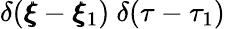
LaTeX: \delta(\pmb{\xi}-\pmb{\xi}_{1})~\delta(\tau-\tau_{1})